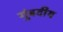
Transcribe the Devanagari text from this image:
गुंबदीय